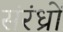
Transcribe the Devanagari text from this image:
संरंध्रों